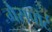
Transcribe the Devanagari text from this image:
गैसपोर्ट